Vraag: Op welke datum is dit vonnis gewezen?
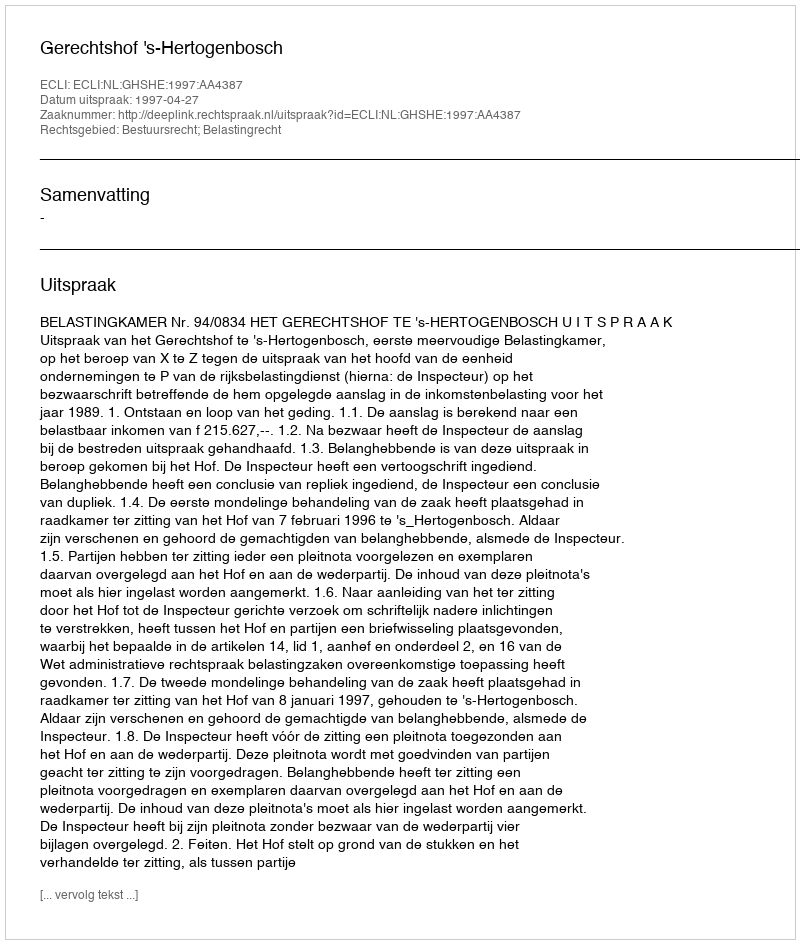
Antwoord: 1997-04-27